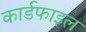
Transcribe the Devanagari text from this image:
कार्डफाइल